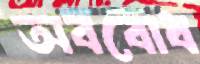
অববোধ